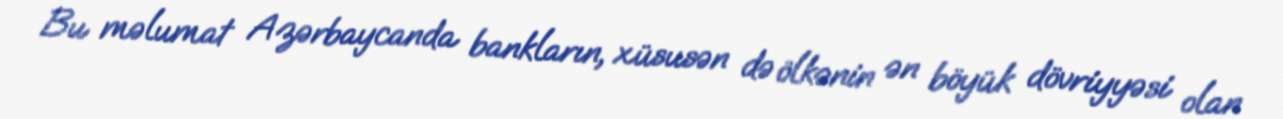
Bu məlumat Azərbaycanda bankların, xüsusən də ölkənin ən böyük dövriyyəsi olan